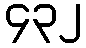
၄၃၂